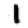
Digit: 1